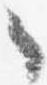
々